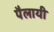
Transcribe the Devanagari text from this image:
पैलायी